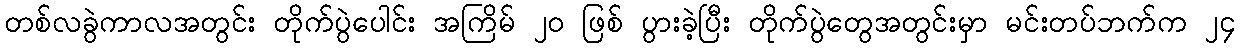
တစ်လခွဲကာလအတွင်း တိုက်ပွဲပေါင်း အကြိမ် ၂၀ ဖြစ် ပွားခဲ့ပြီး တိုက်ပွဲတွေအတွင်းမှာ မင်းတပ်ဘက်က ၂၄